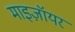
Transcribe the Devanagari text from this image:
माइज़ॉयर